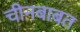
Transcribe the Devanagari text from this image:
चीनबाबत